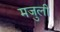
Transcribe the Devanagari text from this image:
मजुली